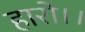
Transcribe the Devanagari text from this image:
हारो।।